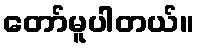
တော်မူပါတယ်။